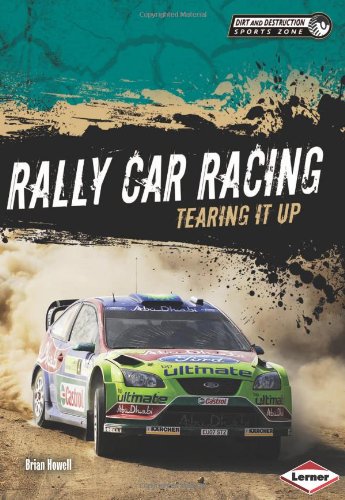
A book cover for Rally Car Racing: Tearing It Up (Dirt and Destruction Sports Zone); Brian Howell; Children's Books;